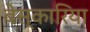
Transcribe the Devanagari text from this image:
बेस्कारिया